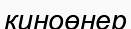
киноөнер